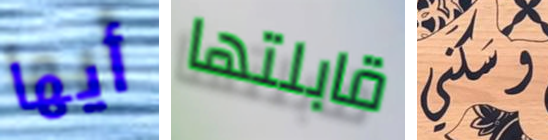
أيها قابلتها سكني